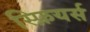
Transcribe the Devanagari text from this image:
स्फ़ियर्स